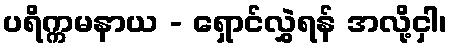
ပရိက္ကမနာယ - ရှောင်လွှဲရန် အလို့ငှါ၊